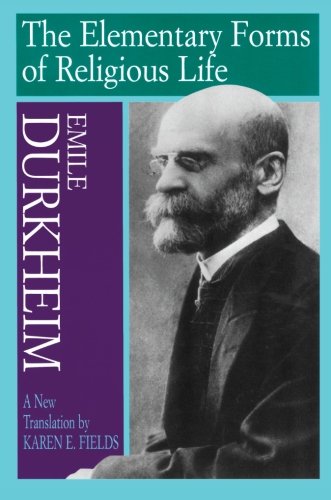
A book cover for The Elementary Forms of Religious Life; Emile Durkheim; Religion & Spirituality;